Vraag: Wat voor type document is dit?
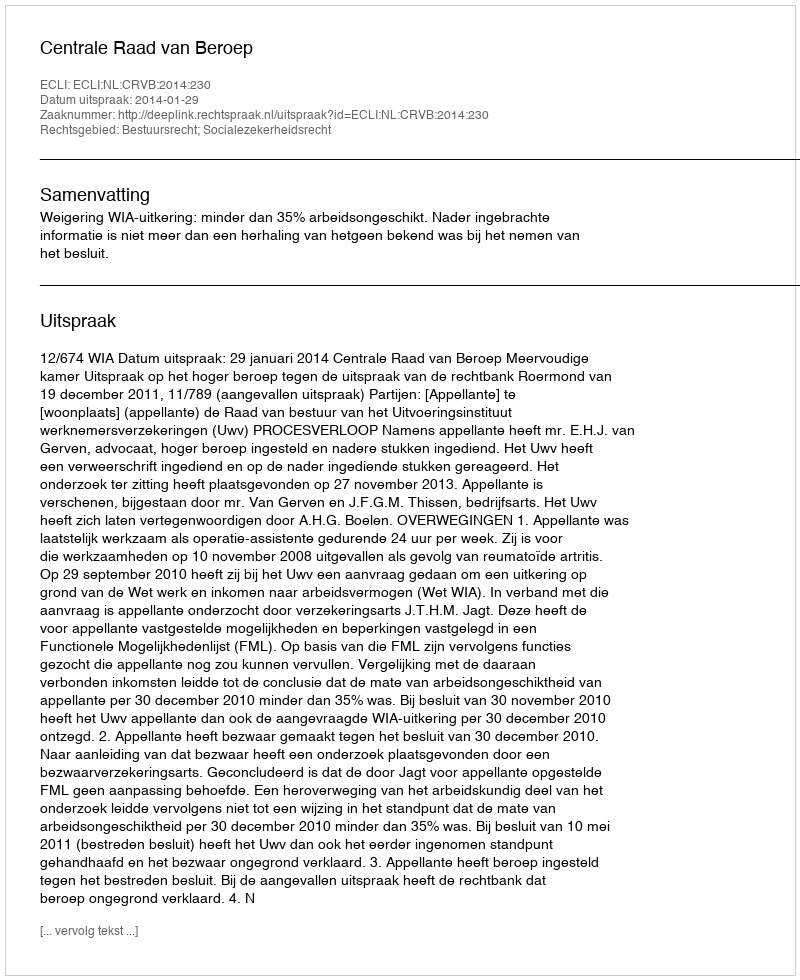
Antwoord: Uitspraak